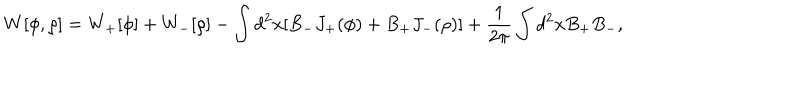
W [ \phi , \rho ] = W _ { + } [ \phi ] + W _ { - } [ \rho ] - \int d ^ { 2 } x [ B _ { - } J _ { + } ( \phi ) + B _ { + } J _ { - } ( \rho ) ] + { \frac { 1 } { 2 \pi } } \int d ^ { 2 } x B _ { + } B _ { - } ,